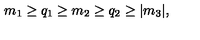
m _ { 1 } \ge q _ { 1 } \ge m _ { 2 } \ge q _ { 2 } \ge \vert m _ { 3 } \vert ,